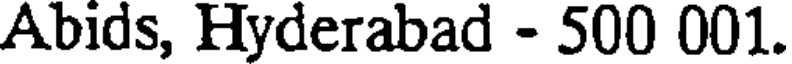
Abids, Hyderabad - 500 001.